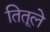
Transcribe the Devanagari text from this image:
तितूले